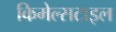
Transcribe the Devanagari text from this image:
किमेल्सटाइल